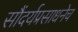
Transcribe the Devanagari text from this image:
सौंदर्यप्रसाधनेच